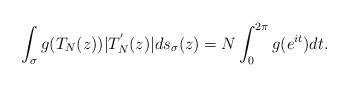
LaTeX: \begin{align*} \int_\sigma g(T_N(z)) |T_{N}^{'}(z)| ds_\sigma(z) = N \int_{0}^{2\pi} g(e^{it}) dt.\end{align*}